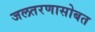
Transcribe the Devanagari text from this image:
जलतरणासोबत